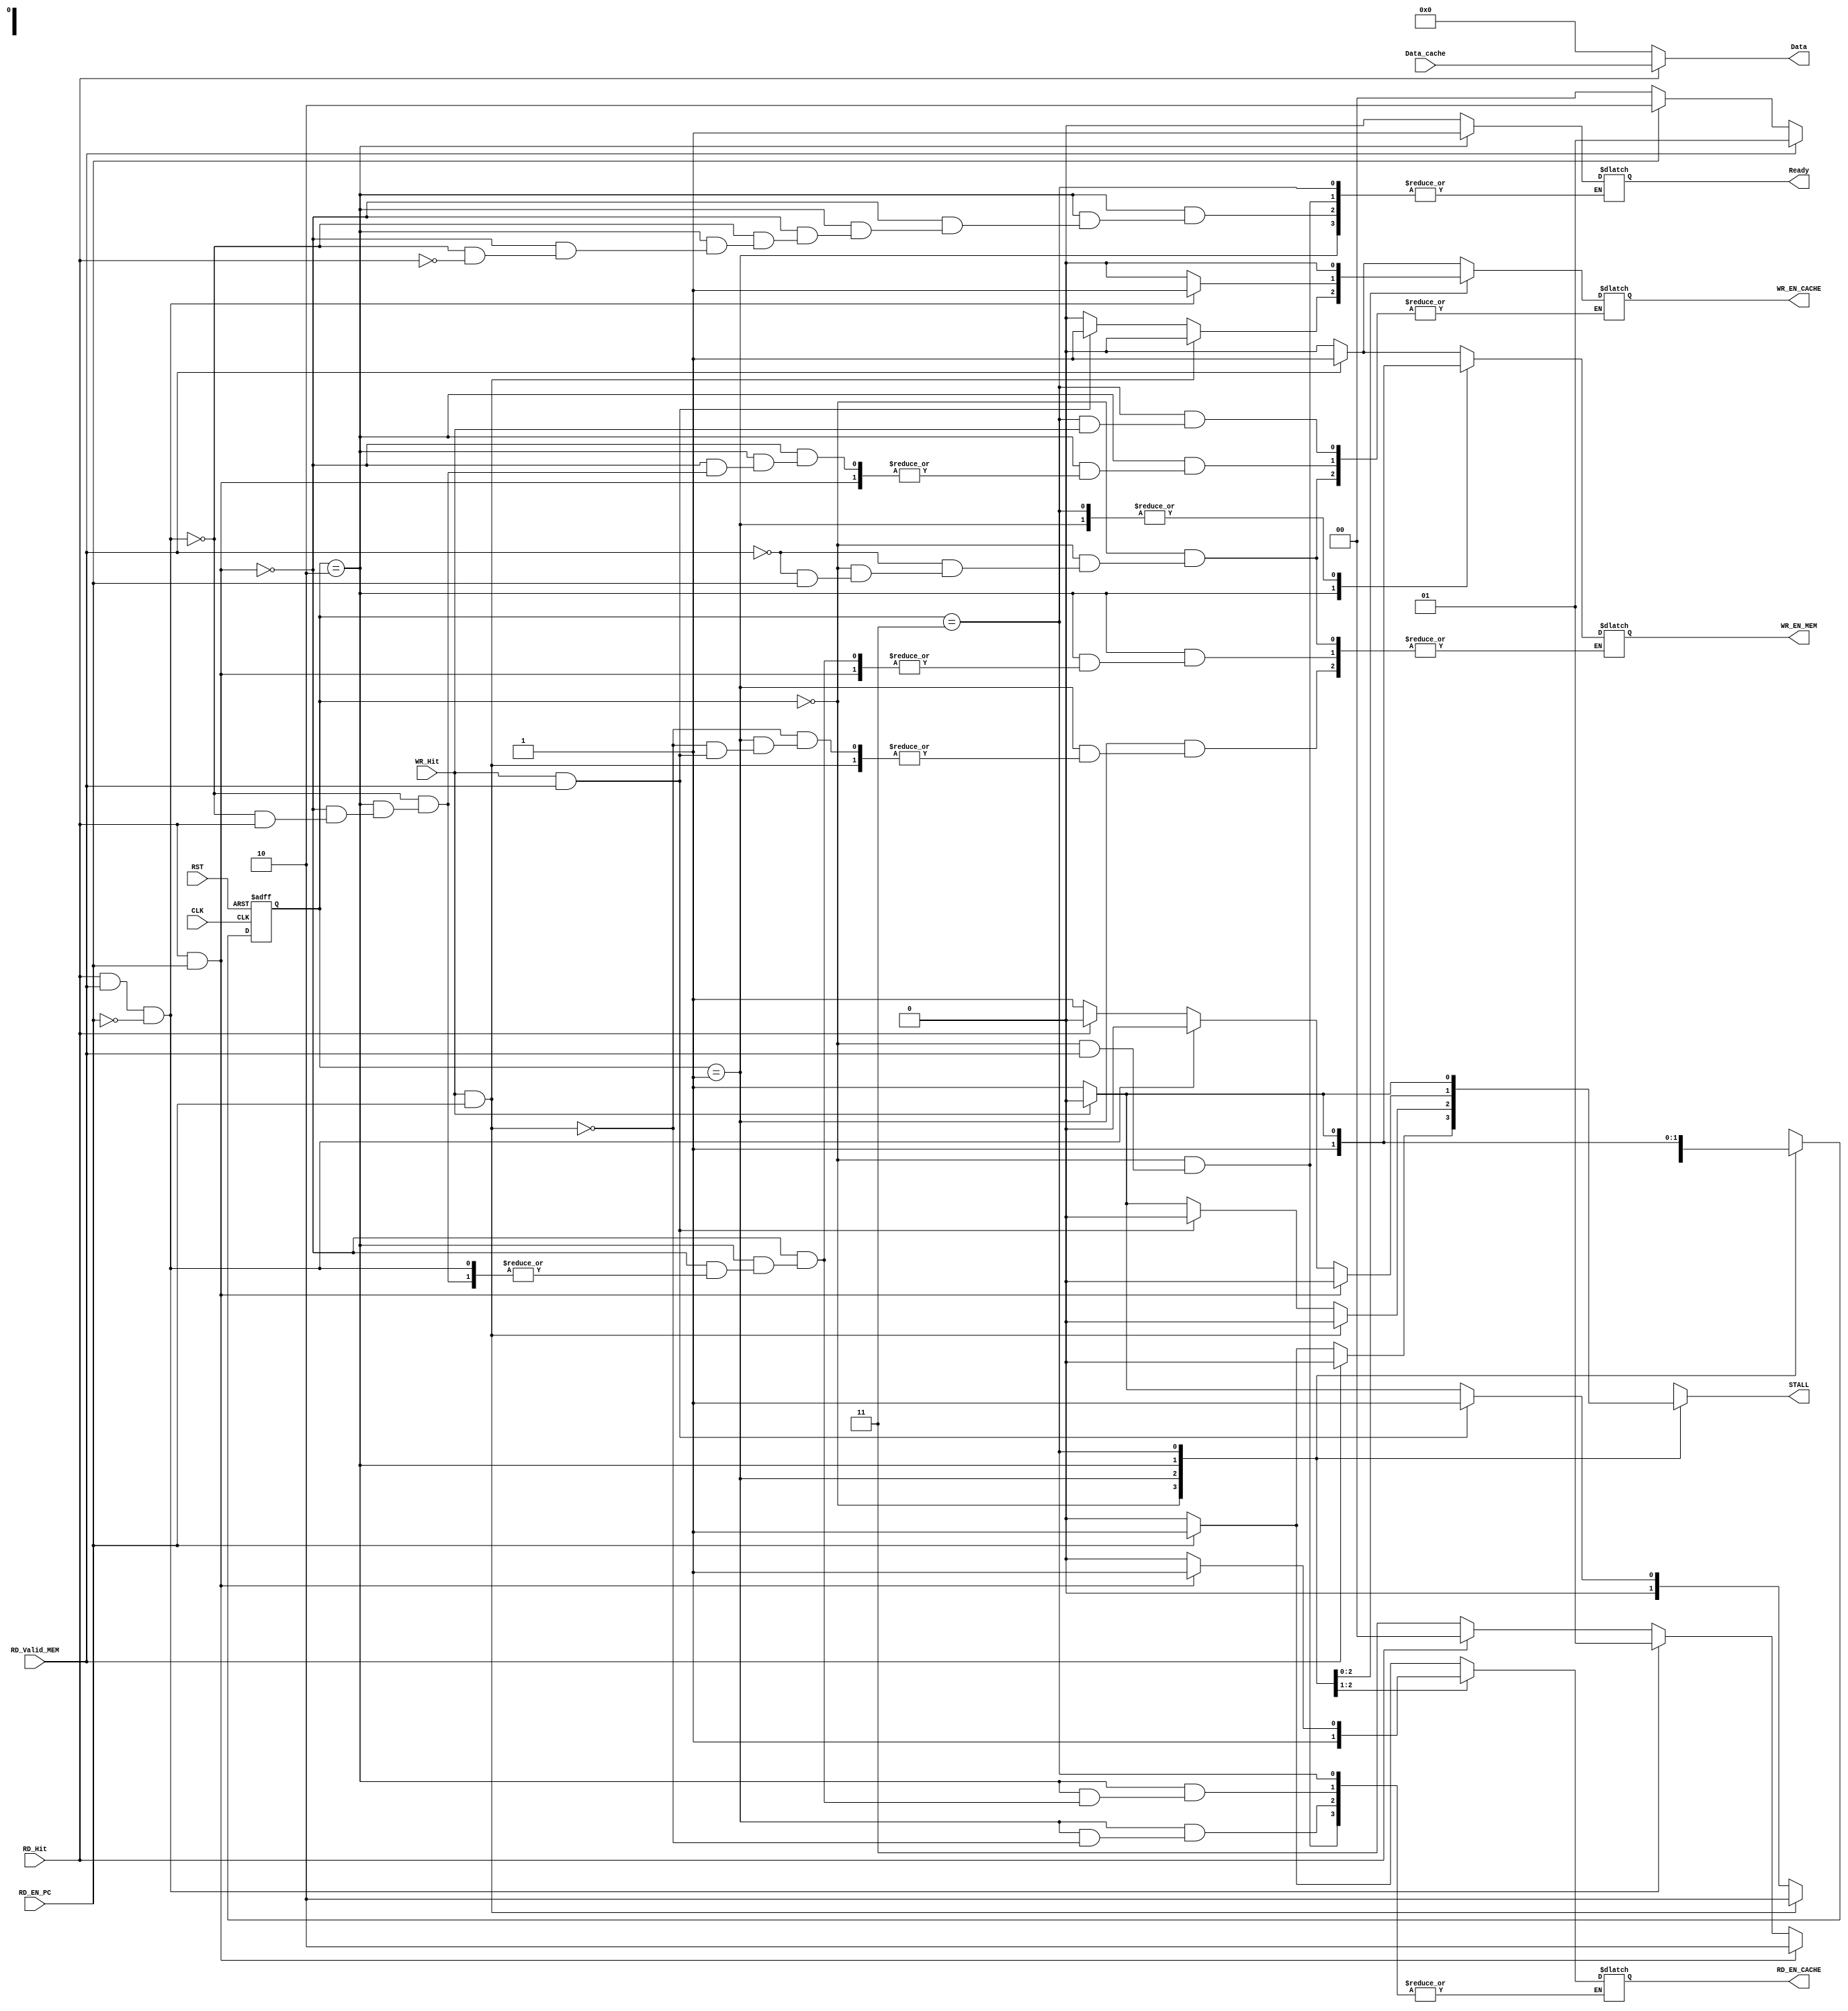
`define INDEX 11:5		// position of index in address
`define M_WORD 4:2		// position of offset in address


module I_Cache_control #(

parameter Width = 32 ,
parameter Width_ADD = 32 ,
parameter Size_Block = 256 ,
parameter Tag_width = 20 ,
parameter Index_width = 8 

) 

(

// input
input		wire										CLK ,
input		wire										RST ,
input		wire										RD_Hit ,		
input		wire										WR_Hit ,
input		wire										RD_EN_PC , // SIGNAL FROM PROGRAM COUNTER
input		wire										RD_Valid_MEM ,		
input		wire	[Width-1:0]				Data_cache ,

// output
output	reg											RD_EN_CACHE ,		
output	reg											WR_EN_CACHE ,				
output	reg											WR_EN_MEM ,				
output	reg		[Width-1:0]				Data ,		
output	reg											Ready ,
output	reg											STALL 

);



/*******************************************************************
 SELECT OUTPUT DATA
*******************************************************************/
always @(*) begin

	// OUTPUT WORD
	if (RD_Hit) begin
		Data = Data_cache ;
	end

	// NO OUTPUT
	else begin
		Data = 'b0 ;
	end
end


/*******************************************************************
 FINIT STATE MACHINE
*******************************************************************/
localparam	IDLE   					   = 2'b00 ,
						WRITE					  	 = 2'b01 ,
						READ					  	 = 2'b10 ,
						MISS			       	 = 2'b11 ;


reg		[1:0]			cs ; // cs = current state
reg		[1:0]			ns ; // ns = next state


//state memory
always @(posedge CLK or negedge RST) begin
	if (~RST) begin
		cs <= IDLE ;	
	end
	else  begin
		cs <= ns ;	
	end
end

// output & next Logic
always @(*) begin
	case(cs)
		IDLE: begin
			if (RD_Valid_MEM) begin
				ns = WRITE ;
				WR_EN_CACHE = 1'b1 ;
				WR_EN_MEM = 1'b1 ;
				STALL = 1'b0 ;
			end
			else if (RD_EN_PC) begin
				ns = READ ;
				RD_EN_CACHE = 1'b1 ;
				STALL = 1'b1 ;
				Ready = 1'b0 ;
			end
			else begin
				ns = IDLE ;
				Ready = 1'b0 ;
				WR_EN_CACHE = 1'b0 ;
				WR_EN_MEM = 1'b0 ;
				RD_EN_CACHE = 1'b0 ;
				STALL = 1'b0 ;
			end
		end 
		WRITE: begin
			if (WR_Hit && RD_EN_PC) begin
				ns = READ ;	
				RD_EN_CACHE = 1'b1 ;
				WR_EN_CACHE = 1'b0 ;
				STALL = 1'b0 ;
			end
			else if (WR_Hit && RD_Valid_MEM) begin
				ns = WRITE ;	
				WR_EN_CACHE = 1'b1 ;
				STALL = 1'b0 ;
			end
			else if (WR_Hit) begin
				ns = IDLE ;	
				WR_EN_CACHE = 1'b0 ;
				WR_EN_MEM = 1'b0 ;
				STALL = 1'b0 ;
			end
			else begin
				ns = WRITE ;
				WR_EN_CACHE = 1'b0 ;
				WR_EN_MEM = 1'b1 ;
				STALL = 1'b1 ;			
			end
		end
		READ: begin
			if (RD_Hit && RD_EN_PC) begin
				ns = READ ;
				RD_EN_CACHE = 1'b1 ;
				Ready = 1'b1 ;
				STALL = 1'b0 ;
			end
			else if (RD_Hit && RD_Valid_MEM && ~RD_EN_PC) begin
				ns = WRITE ;	
				WR_EN_CACHE = 1'b1 ;
				Ready = 1'b1 ;
				STALL = 1'b0 ;
			end			
			else if (RD_Hit) begin
				ns = IDLE ;	
				Ready = 1'b1 ;
				STALL = 1'b0 ;
			end
			else begin
				ns = MISS ;
				RD_EN_CACHE = 1'b0 ;
				WR_EN_CACHE = 1'b0 ;
				WR_EN_MEM = 1'b1 ;
				STALL = 1'b1 ;
			end
		end
		MISS: begin
			if (WR_Hit) begin
				ns = READ ;
				WR_EN_MEM = 1'b0 ;
				STALL = 1'b0 ;
			end
			else begin
				ns = MISS ;
				WR_EN_MEM = 1'b1 ;
				WR_EN_CACHE = 1'b0 ;
				STALL = 1'b1 ;
			end
		end
		default: begin
				ns = IDLE ;
				RD_EN_CACHE = 1'b0 ;
				WR_EN_CACHE = 1'b0 ;
				WR_EN_MEM = 1'b0 ;
				Ready = 1'b0 ;
				STALL = 1'b0 ;	
			end
	endcase
end

endmodule